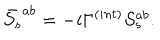
\bar { S _ { s } } ^ { a b } = - i \Gamma ^ { ( i n t ) } S _ { s } ^ { a b } .